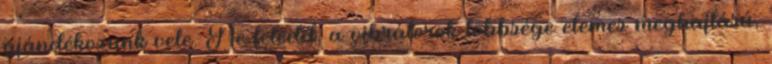
ajándékozunk vele. Ne feledd, a vibrátorok többsége elemes meghajtású,